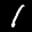
Label: 1